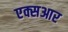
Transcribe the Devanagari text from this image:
एक्सआर